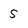
Character: S